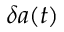
\delta a ( t )